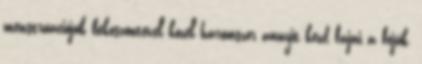
menstruációjuk beköszöntével közel háromszor annyit kezd fájni a fejük,